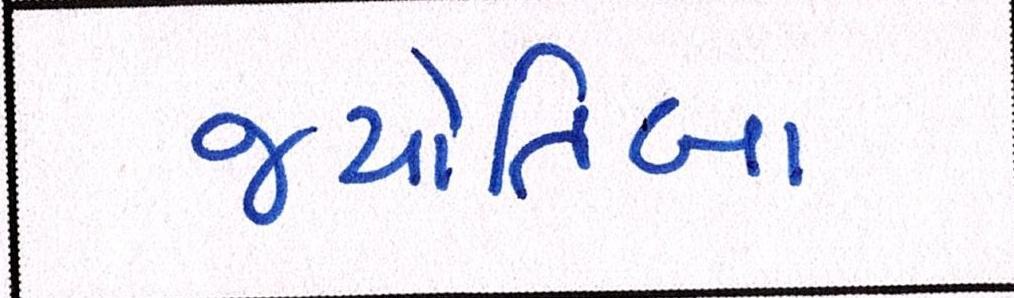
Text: જ્યોતિબા